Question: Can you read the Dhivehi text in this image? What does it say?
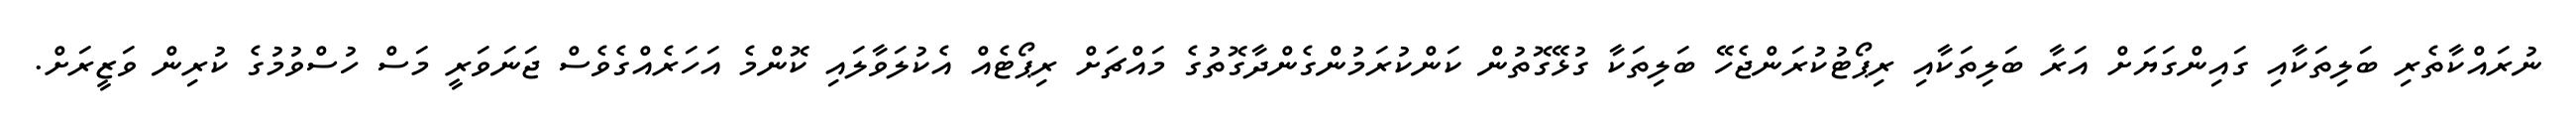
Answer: ނުރައްކާތެރި ބަލިތަކާއި ގައިންގަޔަށް އަރާ ބަލިތަކާއި ރިޕޯޓުކުރަންޖެހޭ ބަލިތަކާ ގުޅޭގޮތުން ކަންކުރަމުންގެންދާގޮތުގެ މައްޗަށް ރިޕޯޓެއް އެކުލަވާލައި ކޮންމެ އަހަރެއްގެވެސް ޖަނަވަރީ މަސް ހުސްވުމުގެ ކުރިން ވަޒީރަށް.